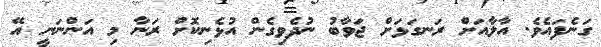
ގަނެފައެވެ. އާލާއަށް ރަނގަޅަށް ޖަވާބު ނުދެވިގެން އުޅެނިކޮށް ރަނާ މި އަންނަނީ އޭ